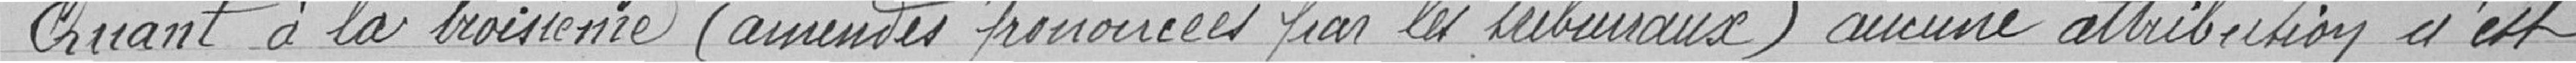
Quant à la troisième (amendes prononcées par les tribunaux) aucune attribution n'est